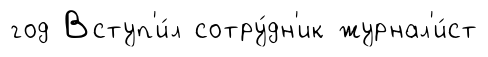
год Вступ'и́л сотру́дн'ик журнал'и́ст